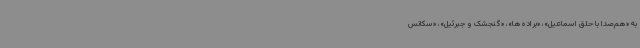
به «هم‌صدا با حلق اسماعیل»، «براده‌ها»، «گنجشک و جبرئیل»، «سکانس